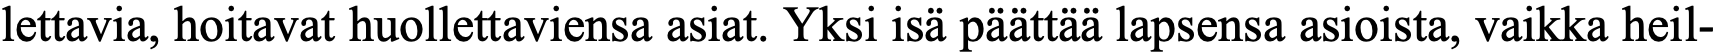
lettavia, hoitavat huollettaviensa asiat. Yksi isä päättää lapsensa asioista, vaikka heil-